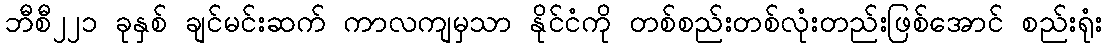
ဘီစီ၂၂၁ ခုနှစ် ချင်မင်းဆက် ကာလကျမှသာ နိုင်ငံကို တစ်စည်းတစ်လုံးတည်းဖြစ်အောင် စည်းရုံး